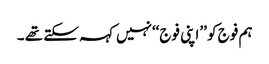
ہم فوج کو ’’اپنی فوج‘‘نہیں کہہ سکتے تھے ۔